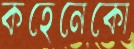
কহেনেকো